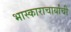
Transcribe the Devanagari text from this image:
भास्काराचार्यांची